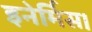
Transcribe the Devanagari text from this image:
इनेर्मिस।